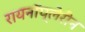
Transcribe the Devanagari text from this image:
रायनॉप्लेरीन